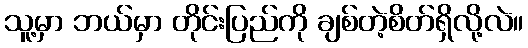
သူ့မှာ ဘယ်မှာ တိုင်းပြည်ကို ချစ်တဲ့စိတ်ရှိလို့လဲ။